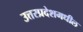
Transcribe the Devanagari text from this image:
उत्तरप्रदेशमधील